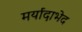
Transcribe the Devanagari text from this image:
मर्यादाभेद